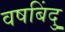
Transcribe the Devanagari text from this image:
वषबिंदु